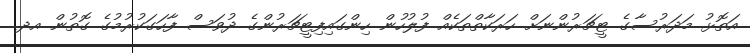
އަތޮޅު މަދަރުސާގެ ޓީޗަރުންނަށް ހަރަކާތްތަކެއް ފުލުހުން ހިންގައިފިޓީޗަރުންގެ ދުވަސް ފާހަގަކުރުމުގެ ގޮތުން އދ.